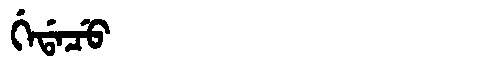
Manchu: ᡤᡝᡩᠠᠴᡠ
Romanization: GEDACU